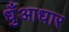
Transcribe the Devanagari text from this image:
धुँआधार